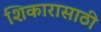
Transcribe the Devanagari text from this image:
शिकारासाठी